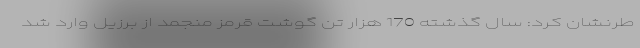
طرنشان کرد: سال گذشته 170 هزار تن گوشت قرمز منجمد از برزیل وارد شد